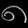
Digit: ၈